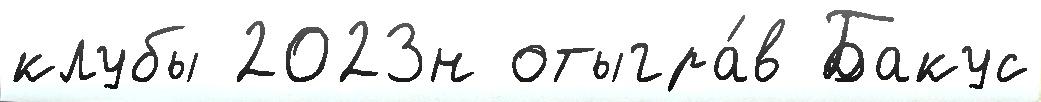
клубы 2023н отыгра́в Бакус